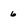
Character: 6